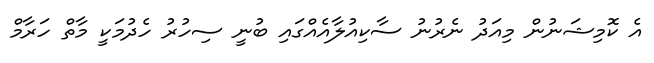
އެ ކޮމިޝަނުން މިއަދު ނެރުނު ސާކިއުލާއެއްގައި ބުނީ ސިހުރު ހެދުމަކީ މާތް ހަރާމް